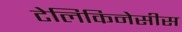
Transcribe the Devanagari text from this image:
टेलिकिनेसीस